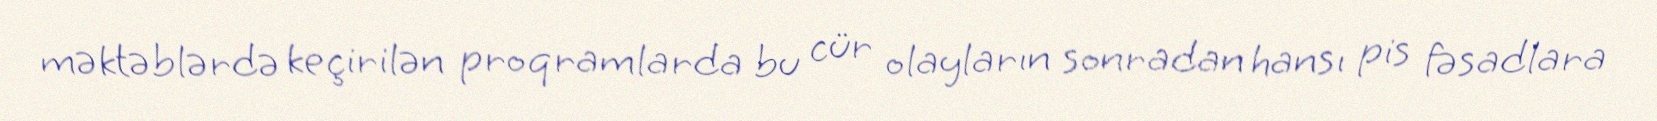
məktəblərdə keçirilən proqramlarda bu cür olayların sonradan hansı pis fəsadlara